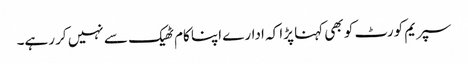
سپریم کورٹ کو بھی کہنا پڑا کہ ادارے اپنا کام ٹھیک سے نہیں کر رہے۔